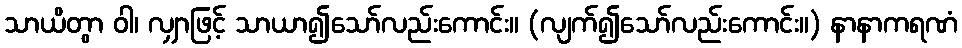
သာယိတွာ ဝါ၊ လျှာဖြင့် သာယာ၍သော်လည်းကောင်း။ (လျက်၍သော်လည်းကောင်း။) နာနာကရဏံ